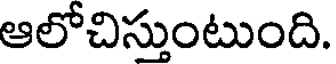
ఆలోచిస్తుంటుంది.